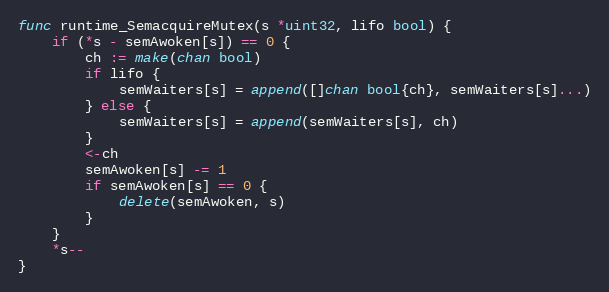
Language: Go
func runtime_SemacquireMutex(s *uint32, lifo bool) {
	if (*s - semAwoken[s]) == 0 {
		ch := make(chan bool)
		if lifo {
			semWaiters[s] = append([]chan bool{ch}, semWaiters[s]...)
		} else {
			semWaiters[s] = append(semWaiters[s], ch)
		}
		<-ch
		semAwoken[s] -= 1
		if semAwoken[s] == 0 {
			delete(semAwoken, s)
		}
	}
	*s--
}